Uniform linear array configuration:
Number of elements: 12
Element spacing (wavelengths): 0.75
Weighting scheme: hann
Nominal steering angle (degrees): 45
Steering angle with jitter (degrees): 44.75
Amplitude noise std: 0.05
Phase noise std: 0.05

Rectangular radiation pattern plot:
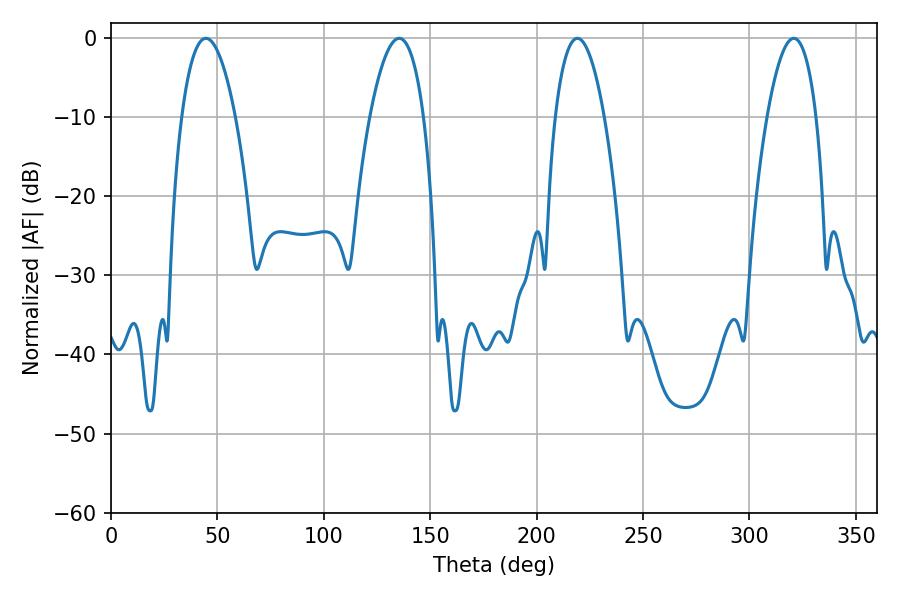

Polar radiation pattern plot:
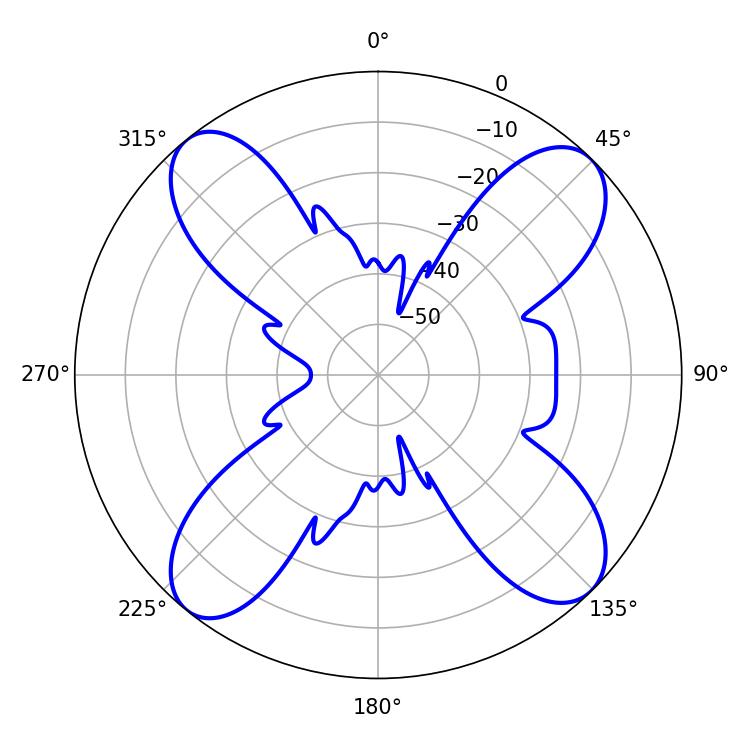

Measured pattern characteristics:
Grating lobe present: TRUE
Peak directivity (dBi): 14.766
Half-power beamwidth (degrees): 14.04
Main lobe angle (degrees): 44.64